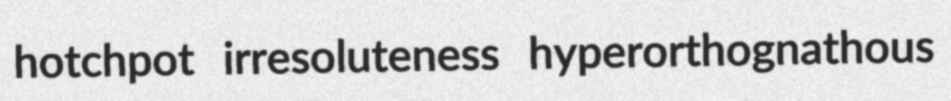
hotchpot irresoluteness hyperorthognathous